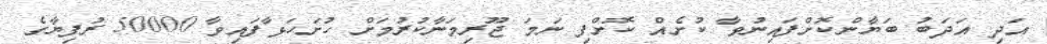
އަދި އަދަބު ބަޔާންކޮށްފައިނުވާ ކުށެއް ކޮށްފި ނަމަ ޖޫރިމަނާކުރުމަށް ހުށަހަޅާފައިވާ 50000 ރުފިޔާގެ